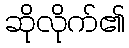
ဆိုလိုက်၏